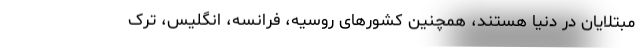
مبتلایان در دنیا هستند، همچنین کشورهای روسیه، فرانسه، انگلیس، ترک